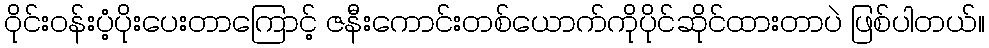
ဝိုင်းဝန်းပံ့ပိုးပေးတာကြောင့် ဇနီးကောင်းတစ်ယောက်ကိုပိုင်ဆိုင်ထားတာပဲ ဖြစ်ပါတယ်။